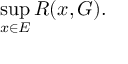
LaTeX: \operatorname* { s u p } _ { x \in E } R ( x , G ) .